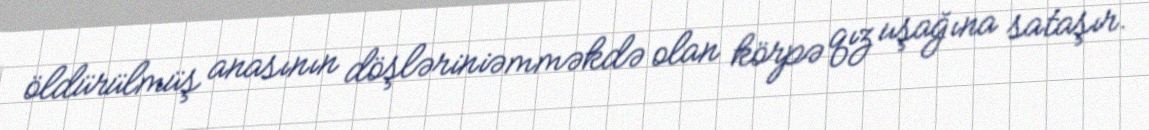
öldürülmüş anasının döşləriniəmməkdə olan körpə qız uşağına sataşır.